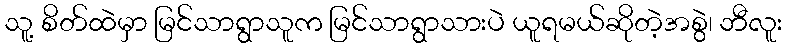
သူ့ စိတ်ထဲမှာ မြင်သာရွာသူက မြင်သာရွာသားပဲ ယူရမယ်ဆိုတဲ့အစွဲ၊ ဘီလူး